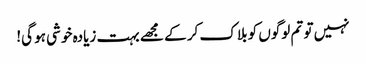
نہیں تو تم لوگوں کو بلاک کر کے مجھے بہت زیادہ خوشی ہو گی!